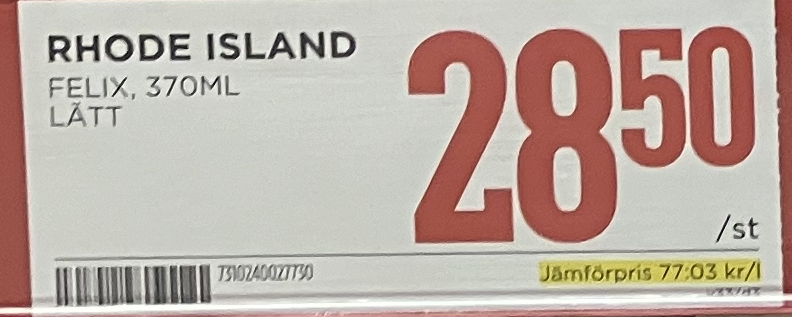
Vara: Rhode island
Genomsnittspris: 77.03 per L